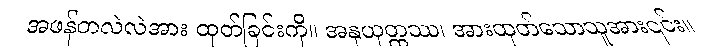
အဖန်တလဲလဲအား ထုတ်ခြင်းကို။ အနုယုတ္တဿ၊ အားထုတ်သောသူအား၎င်း။